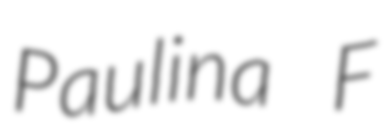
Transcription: Paulina F